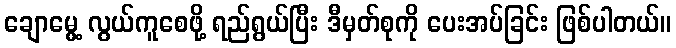
ချောမွေ့ လွယ်ကူစေဖို့ ရည်ရွယ်ပြီး ဒီမှတ်စုကို ပေးအပ်ခြင်း ဖြစ်ပါတယ်။